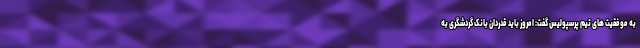
به موفقیت های تیم پرسپولیس گفت: امروز باید قدردان بانک گردشگری به